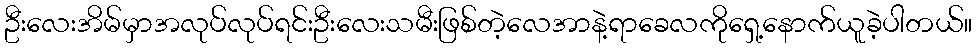
ဦးလေးအိမ်မှာအလုပ်လုပ်ရင်းဦးလေးသမီးဖြစ်တဲ့လေအာနဲ့ရာခေလကိုရှေ့နောက်ယူခဲ့ပါတယ်။